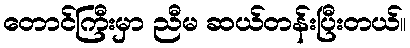
တောင်ကြီးမှာ ညီမ ဆယ်တန်းပြီးတယ်။